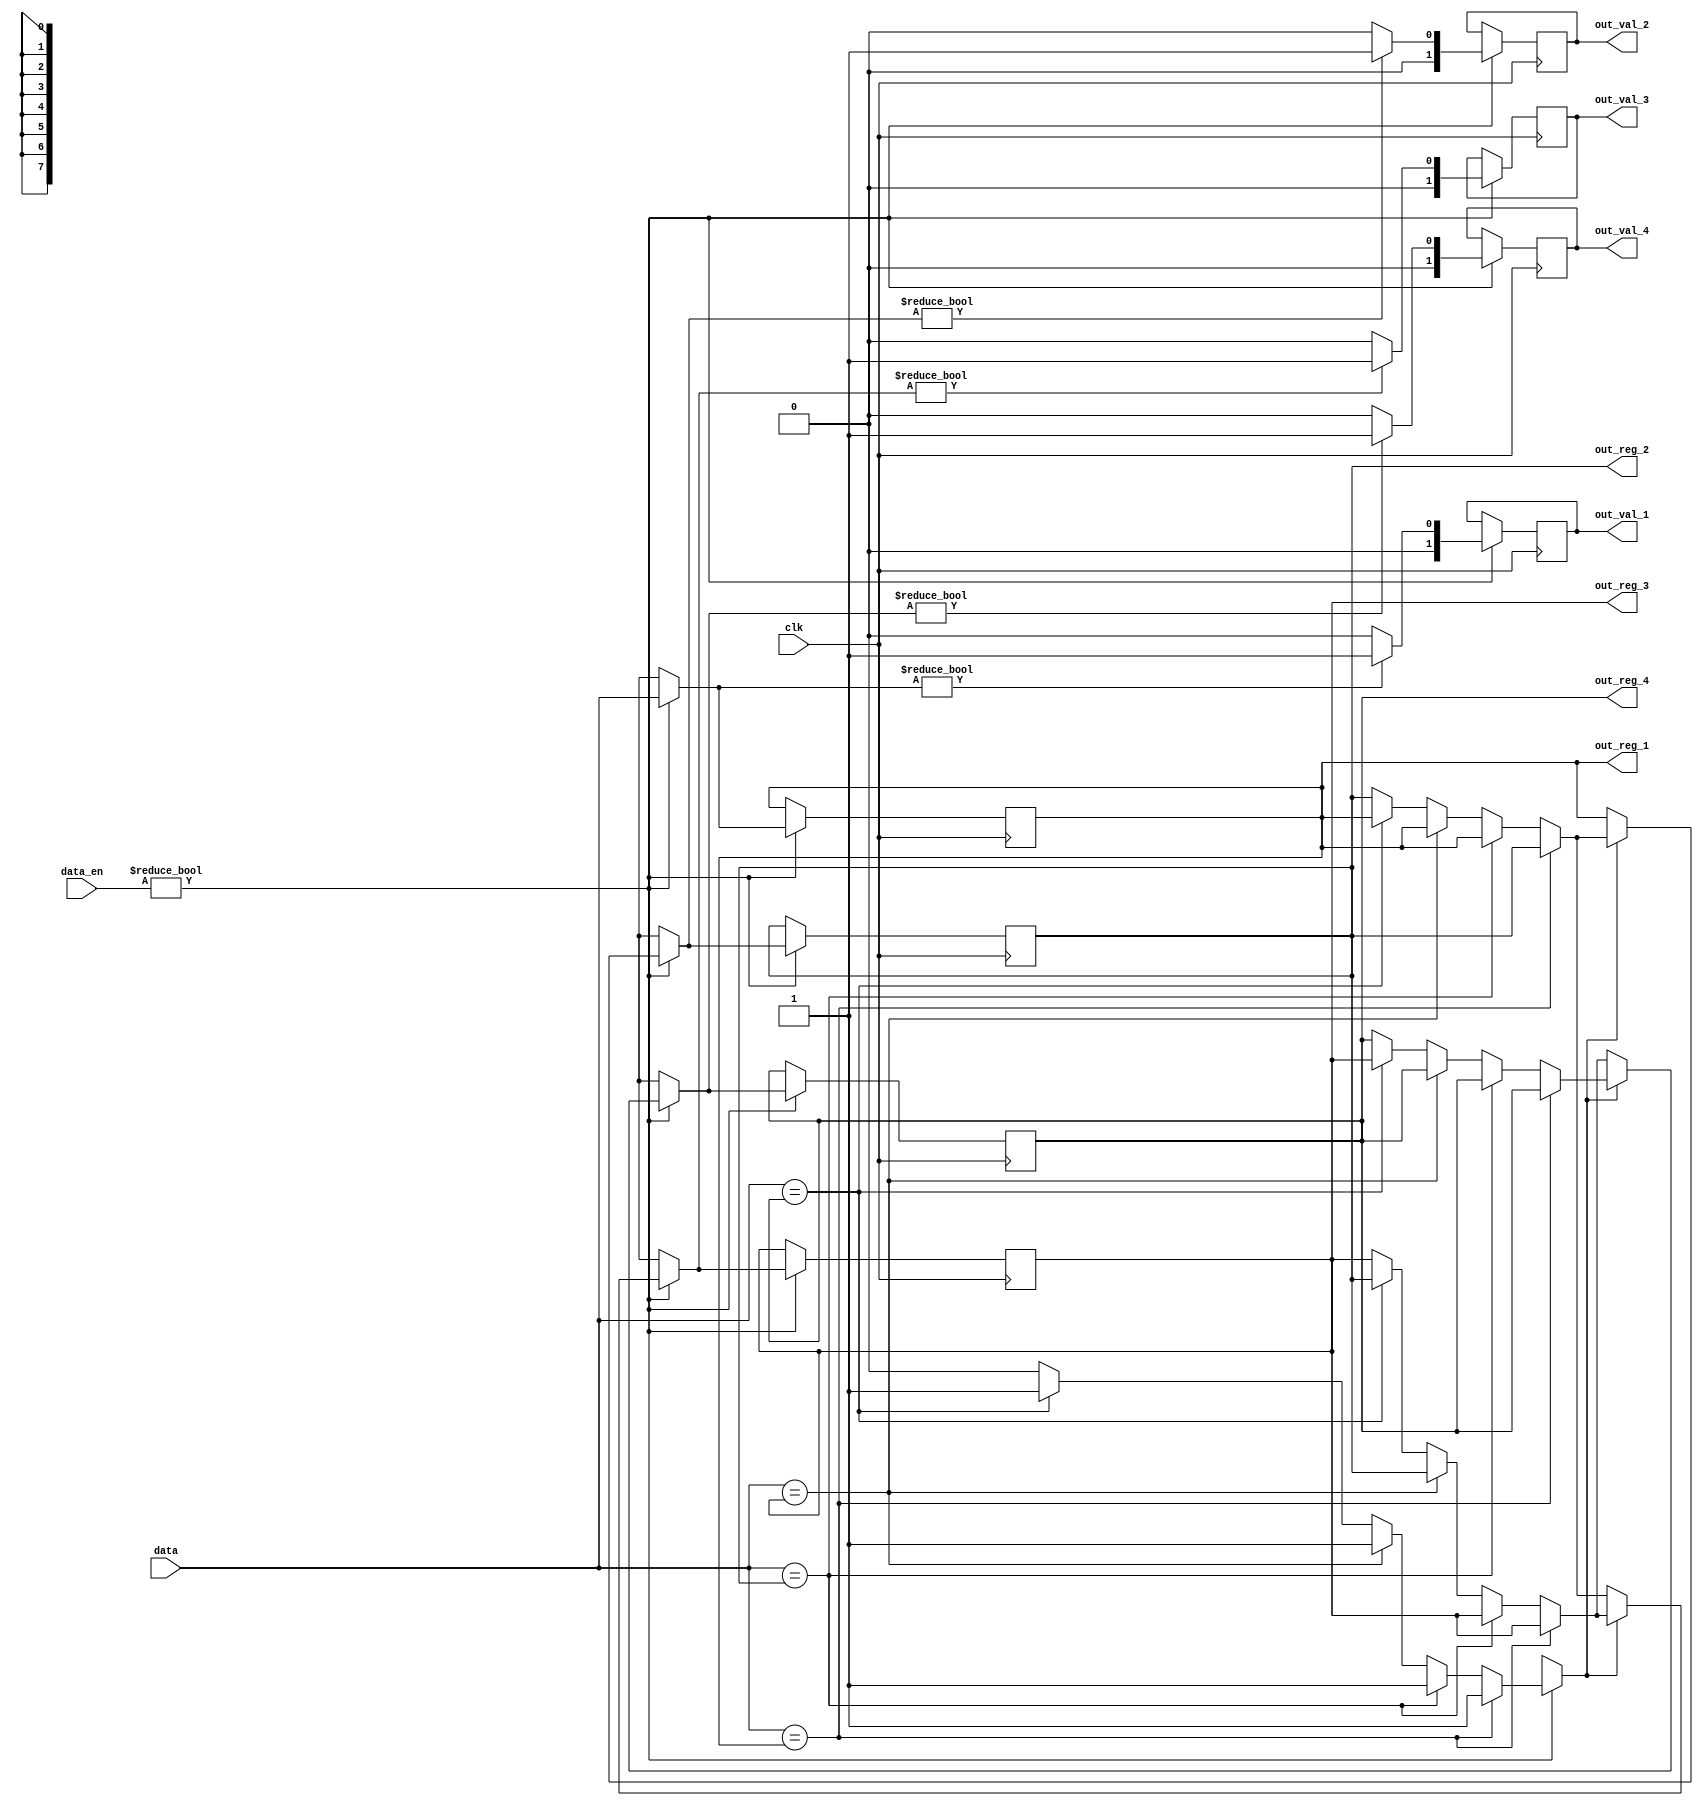
module last_unique(
    input clk,
    
    input signed [7:0] data,
    input signed [1:0] data_en,

    output reg signed [7:0] out_reg_1,
    output reg signed [7:0] out_reg_2,
    output reg signed [7:0] out_reg_3,  
    output reg signed [7:0] out_reg_4,

    output reg signed [1:0] out_val_1,
    output reg signed [1:0] out_val_2,
    output reg signed [1:0] out_val_3,
    output reg signed [1:0] out_val_4
);
    reg found = 0;

    initial begin
        out_reg_1 = 0;
        out_reg_2 = 0;
        out_reg_3 = 0;
        out_reg_4 = 0;
        
        out_val_1 = 0;
        out_val_2 = 0;
        out_val_3 = 0;
        out_val_4 = 0;
    end

    always @(posedge clk) 
    begin
        if (data_en) begin
            found = 0;

            if (data == out_reg_1) begin
                found = 1;
            end else if (data == out_reg_2) begin
                found = 1;
                out_reg_2 = out_reg_1;
            end else if (data == out_reg_3) begin
                found = 1;
                out_reg_3 = out_reg_2;
                out_reg_2 = out_reg_1;
            end else if (data == out_reg_4) begin
                found = 1;
                out_reg_4 = out_reg_3;
                out_reg_3 = out_reg_2;
                out_reg_2 = out_reg_1;
            end

            if (found) begin
                out_reg_1 = data;
            end else begin
                out_reg_4 = out_reg_3;
                out_reg_3 = out_reg_2;
                out_reg_2 = out_reg_1;
                out_reg_1 = data;
            end

            out_val_1 = (out_reg_1 != 0) ? 1 : 0;
            out_val_2 = (out_reg_2 != 0) ? 1 : 0;
            out_val_3 = (out_reg_3 != 0) ? 1 : 0;
            out_val_4 = (out_reg_4 != 0) ? 1 : 0;
        end
    end
endmodule